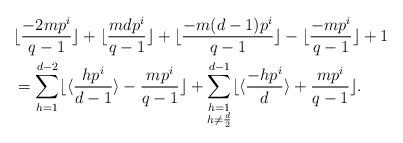
LaTeX: \begin{align*}&\lfloor\frac{-2mp^i}{q-1}\rfloor+\lfloor\frac{mdp^i}{q-1}\rfloor+\lfloor\frac{-m(d-1)p^i}{q-1}\rfloor-\lfloor\frac{-mp^i}{q-1}\rfloor+1\\&=\sum_{h=1}^{d-2}\lfloor\langle\frac{hp^i}{d-1}\rangle-\frac{mp^i}{q-1}\rfloor+\sum_{\substack{h=1\\h\neq\frac{d}{2}}}^{d-1}\lfloor\langle \frac{-hp^i}{d}\rangle+\frac{mp^i}{q-1}\rfloor.\end{align*}